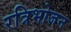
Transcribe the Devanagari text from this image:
रत्रिभोजन